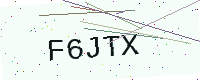
Text: F6JTX